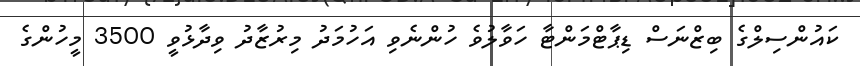
ކައުންސިލްގެ ބިޒްނަސް ޑިޕާޓްމަންޓާ ހަވާލުވެ ހުންނެވި އަހުމަދު މިރުޒާދު ވިދާޅުވީ 3500 މީހުންގެ